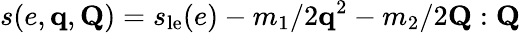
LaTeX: s(e,\mathbf q,\mathbf Q)=s_{\textrm{le}}(e)-m_{1}/2\mathbf q^{2}-m_{2}/2\mathbf Q:\mathbf Q